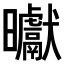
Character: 𭨓